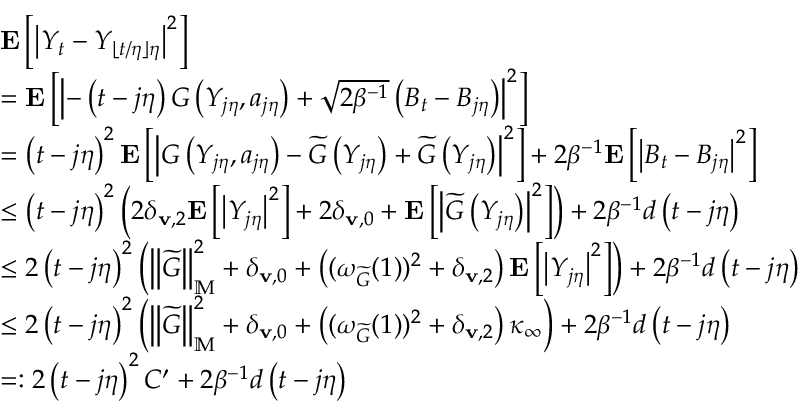
\begin{array} { r l } & { \mathbf { E } \left[ \left| Y _ { t } - Y _ { \lfloor t / \eta \rfloor \eta } \right| ^ { 2 } \right] } \\ & { = \mathbf { E } \left[ \left| - \left( t - j \eta \right) G \left( Y _ { j \eta } , a _ { j \eta } \right) + \sqrt { 2 \beta ^ { - 1 } } \left( B _ { t } - B _ { j \eta } \right) \right| ^ { 2 } \right] } \\ & { = \left( t - j \eta \right) ^ { 2 } \mathbf { E } \left[ \left| G \left( Y _ { j \eta } , a _ { j \eta } \right) - \widetilde { G } \left( Y _ { j \eta } \right) + \widetilde { G } \left( Y _ { j \eta } \right) \right| ^ { 2 } \right] + 2 \beta ^ { - 1 } \mathbf { E } \left[ \left| B _ { t } - B _ { j \eta } \right| ^ { 2 } \right] } \\ & { \le \left( t - j \eta \right) ^ { 2 } \left( 2 \delta _ { \mathbf { v } , 2 } \mathbf { E } \left[ \left| Y _ { j \eta } \right| ^ { 2 } \right] + 2 \delta _ { \mathbf { v } , 0 } + \mathbf { E } \left[ \left| \widetilde { G } \left( Y _ { j \eta } \right) \right| ^ { 2 } \right] \right) + 2 \beta ^ { - 1 } d \left( t - j \eta \right) } \\ & { \le 2 \left( t - j \eta \right) ^ { 2 } \left( \left\| \widetilde { G } \right\| _ { \mathbb { M } } ^ { 2 } + \delta _ { \mathbf { v } , 0 } + \left( ( \omega _ { \widetilde { G } } ( 1 ) ) ^ { 2 } + \delta _ { \mathbf { v } , 2 } \right) \mathbf { E } \left[ \left| Y _ { j \eta } \right| ^ { 2 } \right] \right) + 2 \beta ^ { - 1 } d \left( t - j \eta \right) } \\ & { \le 2 \left( t - j \eta \right) ^ { 2 } \left( \left\| \widetilde { G } \right\| _ { \mathbb { M } } ^ { 2 } + \delta _ { \mathbf { v } , 0 } + \left( ( \omega _ { \widetilde { G } } ( 1 ) ) ^ { 2 } + \delta _ { \mathbf { v } , 2 } \right) \kappa _ { \infty } \right) + 2 \beta ^ { - 1 } d \left( t - j \eta \right) } \\ & { = : 2 \left( t - j \eta \right) ^ { 2 } C ^ { \prime } + 2 \beta ^ { - 1 } d \left( t - j \eta \right) } \end{array}